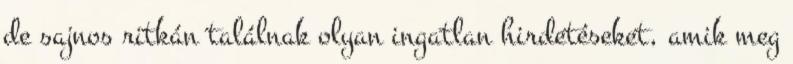
de sajnos ritkán találnak olyan ingatlan hirdetéseket, amik meg